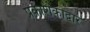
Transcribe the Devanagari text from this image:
प्रकाशकाद्वारे